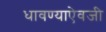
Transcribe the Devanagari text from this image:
धावण्याऐवजी